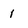
Character: i